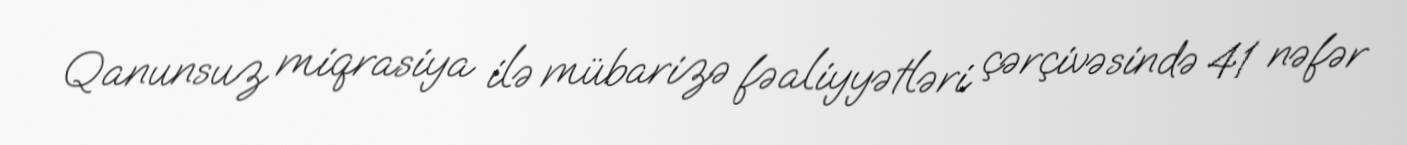
Qanunsuz miqrasiya ilə mübarizə fəaliyyətləri çərçivəsində 41 nəfər